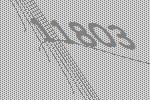
11803